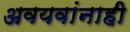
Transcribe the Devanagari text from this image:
अवयवांनाही